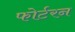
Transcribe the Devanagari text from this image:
फोर्टरन